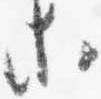
等